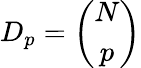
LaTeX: D_{p}=\left(\begin{array}{c}{{N}}\\ {{p}}\end{array}\right)